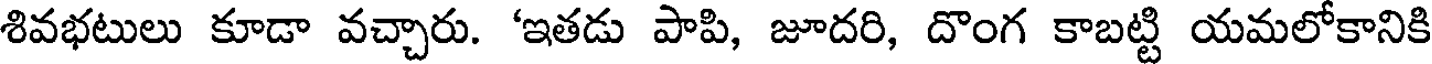
శివభటులు కూడా వచ్చారు. 'ఇతడు పాపి, జూదరి, దొంగ కాబట్టి యమలోకానికి